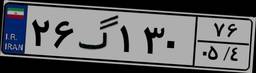
۲۶گ۱۳۰۷۶